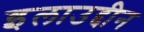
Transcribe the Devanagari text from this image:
इलाउद्दीन